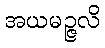
အယမဉ္ဇလိ